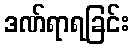
ဒဏ်ရာရခြင်း